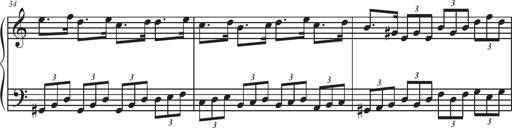
Title: Sonatina Espania
Composer: Jerald Franklin Archer
Key: Various